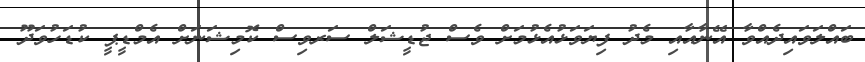
ބައްލަވައިދެއްވާ އޭނާއާއި މެދު ފިޔަވަޅުއެޅުމަށް ވެސް ޖުޑީޝަލް ސަރވިސް ކޮމިޝަނަށް އެމްޑީޕީ ކުޑަހުވަދޫ